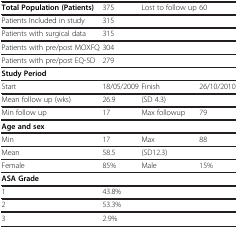
<table><thead><tr><td><b>Total Population (Patients)</b></td><td><b>375</b></td><td><b>Lost to follow up</b></td><td><b>60</b></td></tr></thead><tbody><tr><td>Patients Included in study</td><td>315</td><td> </td><td> </td></tr><tr><td>Patients with surgical data</td><td>315</td><td> </td><td> </td></tr><tr><td>Patients with pre/post MOXFQ</td><td>304</td><td> </td><td> </td></tr><tr><td>Patients with pre/post EQ-5D</td><td>279</td><td> </td><td> </td></tr><tr><td><b>Study Period</b></td><td> </td><td> </td><td> </td></tr><tr><td>Start</td><td>18/05/2009</td><td>Finish</td><td>26/10/2010</td></tr><tr><td>Mean follow up (wks)</td><td>26.9</td><td>(SD 4.3)</td><td> </td></tr><tr><td>Min follow up</td><td>17</td><td>Max followup</td><td>79</td></tr><tr><td><b>Age and sex</b></td><td> </td><td> </td><td> </td></tr><tr><td>Min</td><td>17</td><td>Max</td><td>88</td></tr><tr><td>Mean</td><td>58.5</td><td>(SD12.3)</td><td> </td></tr><tr><td>Female</td><td>85%</td><td>Male</td><td>15%</td></tr><tr><td><b>ASA Grade</b></td><td> </td><td> </td><td> </td></tr><tr><td>1</td><td>43.8%</td><td> </td><td> </td></tr><tr><td>2</td><td>53.3%</td><td> </td><td> </td></tr><tr><td>3</td><td>2.9%</td><td> </td><td> </td></tr></tbody></table>